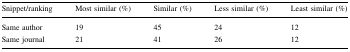
<table><thead><tr><td><b>Snippet/ranking</b></td><td><b>Most similar (%)</b></td><td><b>Similar (%)</b></td><td><b>Less similar (%)</b></td><td><b>Least similar (%)</b></td></tr></thead><tbody><tr><td>Same author</td><td>19</td><td>45</td><td>24</td><td>12</td></tr><tr><td>Same journal</td><td>21</td><td>41</td><td>26</td><td>12</td></tr></tbody></table>